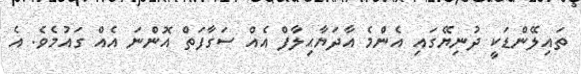
ތައިލޭންޑަކީ ދުނިޔޭގައި އެންމެ އާދަޔާޙިލާފް އެއް ސަގާފަތް އޮންނަ އެއް ގައުމެވެ. އެ